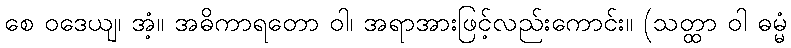
စေ ဝဒေယျ၊ အံ့။ အဓိကာရတော ဝါ၊ အရာအားဖြင့်လည်းကောင်း။ (သတ္ထာ ဝါ ဓမ္မံ